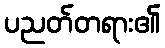
ပညတ်တရား၏